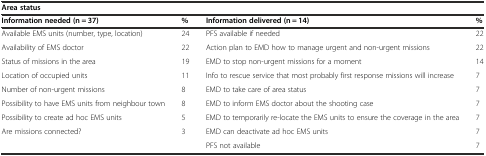
| <COLSPAN=4> Area status |
 | Information needed (n = 37) | % | Information delivered (n = 14) | % |
 | --- | --- | --- | --- |
 | Available EMS units (number, type, location) | 24 | PFS available if needed | 22 |
 | Availability of EMS doctor | 22 | Action plan to EMD how to manage urgent and non-urgent missions | 22 |
 | Status of missions in the area | 19 | EMD to stop non-urgent missions for a moment | 14 |
 | Location of occupied units | 11 | Info to rescue service that most probably first response missions will increase | 7 |
 | Number of non-urgent missions | 8 | EMD to take care of area status | 7 |
 | Possibility to have EMS units from neighbour town | 8 | EMD to inform EMS doctor about the shooting case | 7 |
 | Possibility to create ad hoc EMS units | 5 | EMD to temporarily re-locate the EMS units to ensure the coverage in the area | 7 |
 | Are missions connected? | 3 | EMD can deactivate ad hoc EMS units | 7 |
 |  |  | PFS not available | 7 |